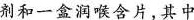
剂和一盒润喉含片，其中